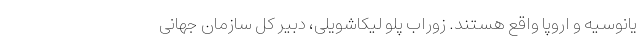
یانوسیه و اروپا واقع هستند. زوراب پلو لیکاشویلی، دبیر کل سازمان جهانی